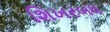
શિખરબધ